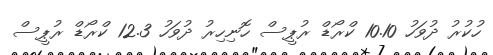
ހުކުރު ދުވަހު 10.10 ކްރޯޑް ރުޕީސް ހޮނިހިރު ދުވަހު 12.3 ކްރޯޑް ރުޕީސް